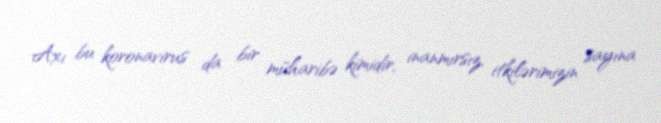
Axı bu koronavirus da bir müharibə kimidir, inanmırsız, itkilərimizin sayına